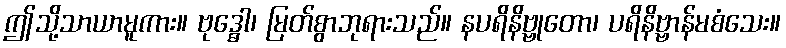
ဤသို့သာယာမူကား။ ဗုဒ္ဓေါ၊ မြတ်စွာဘုရားသည်။ နပရိနိဗ္ဗုတော၊ ပရိနိဗ္ဗာန်မစံသေး။